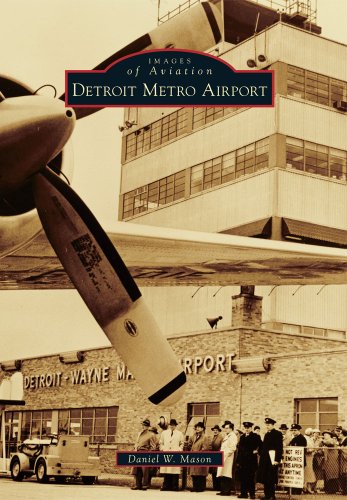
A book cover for Detroit Metro Airport (Images of Aviation); Daniel W. Mason; Arts & Photography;